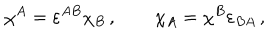
\chi ^ { A } = \varepsilon ^ { A B } \chi _ { B } \, , \qquad \chi _ { A } = \chi ^ { B } \varepsilon _ { B A } \, ,